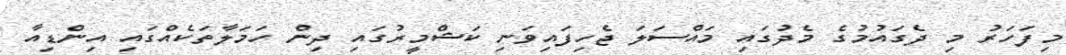
މިފަހަރު މި ދެގައުމުގެ މެދުގައި މައްސަލަ ޖެހިފައިވަނި ކަޝްމީރުގައި ދިން ހަމަލާތަކެއްގައި އިންޑިއާ